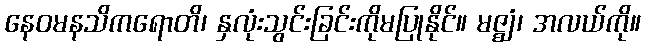
နေဝမနသိကရောတိ၊ နှလုံးသွင်းခြင်းကိုမပြုနိုင်။ မဇ္ဈံ၊ အလယ်ကို။